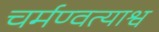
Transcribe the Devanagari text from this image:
चर्मण्वत्याश्व